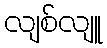
လျစ်လျူ